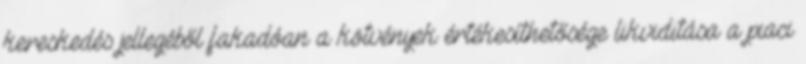
kereskedés jellegéből fakadóan a kötvények értékesíthetősége likviditása a piaci